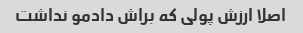
اصلا ارزش پولی که براش دادمو نداشت